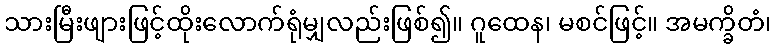
သားမြီးဖျားဖြင့်ထိုးလောက်ရုံမျှလည်းဖြစ်၍။ ဂူထေန၊ မစင်ဖြင့်။ အမက္ခိတံ၊